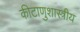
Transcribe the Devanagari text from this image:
कीटाणुशास्त्रीय